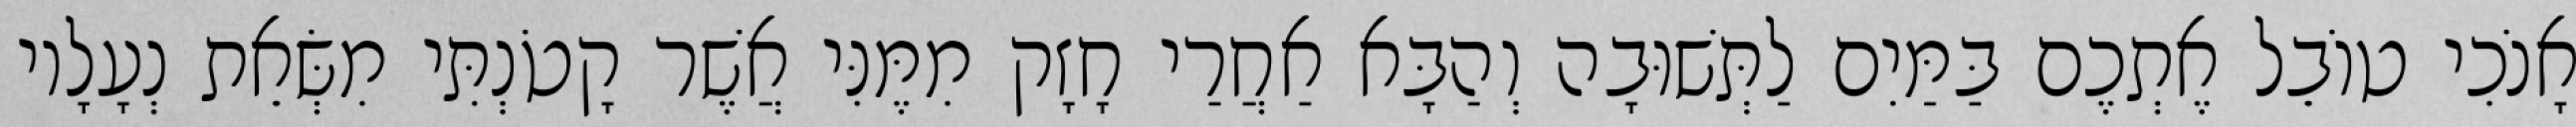
אָנֹכִי טוֹבֵל אֶתְכֶם בַּמַּיִם לַתְּשׁוּבָה וְהַבָּא אַחֲרַי חָזָק מִמֶּנִּי אֲשֶׁר קָטֹנְתִּי מִשְּׂאֵת נְעָלָיו